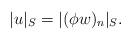
LaTeX: \begin{align*}\lvert u\rvert_S=\lvert(\phi w)_n\rvert_S.\end{align*}